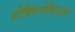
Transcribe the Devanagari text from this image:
प्रोक्सिमोडिस्टल